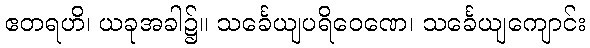
ဧတရဟိ၊ ယခုအခါ၌။ သင်္ခေယျပရိဝေဏေ၊ သင်္ခေယျကျောင်း